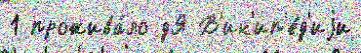
1 прожива́ло дЯ В'ик'ип'е́д'иjи